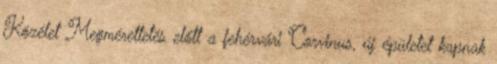
Közélet Megmérettetés előtt a fehérvári Corvinus, új épületet kapnak